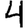
Digit: 4